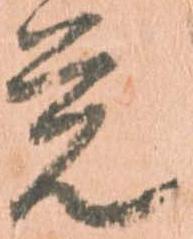
覚